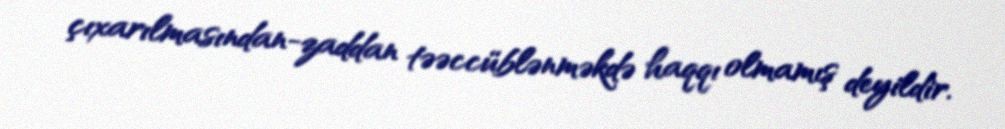
çıxarılmasından-zaddan təəccüblənməkdə haqqı olmamış deyildir.